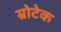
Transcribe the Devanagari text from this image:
म्रोटेक